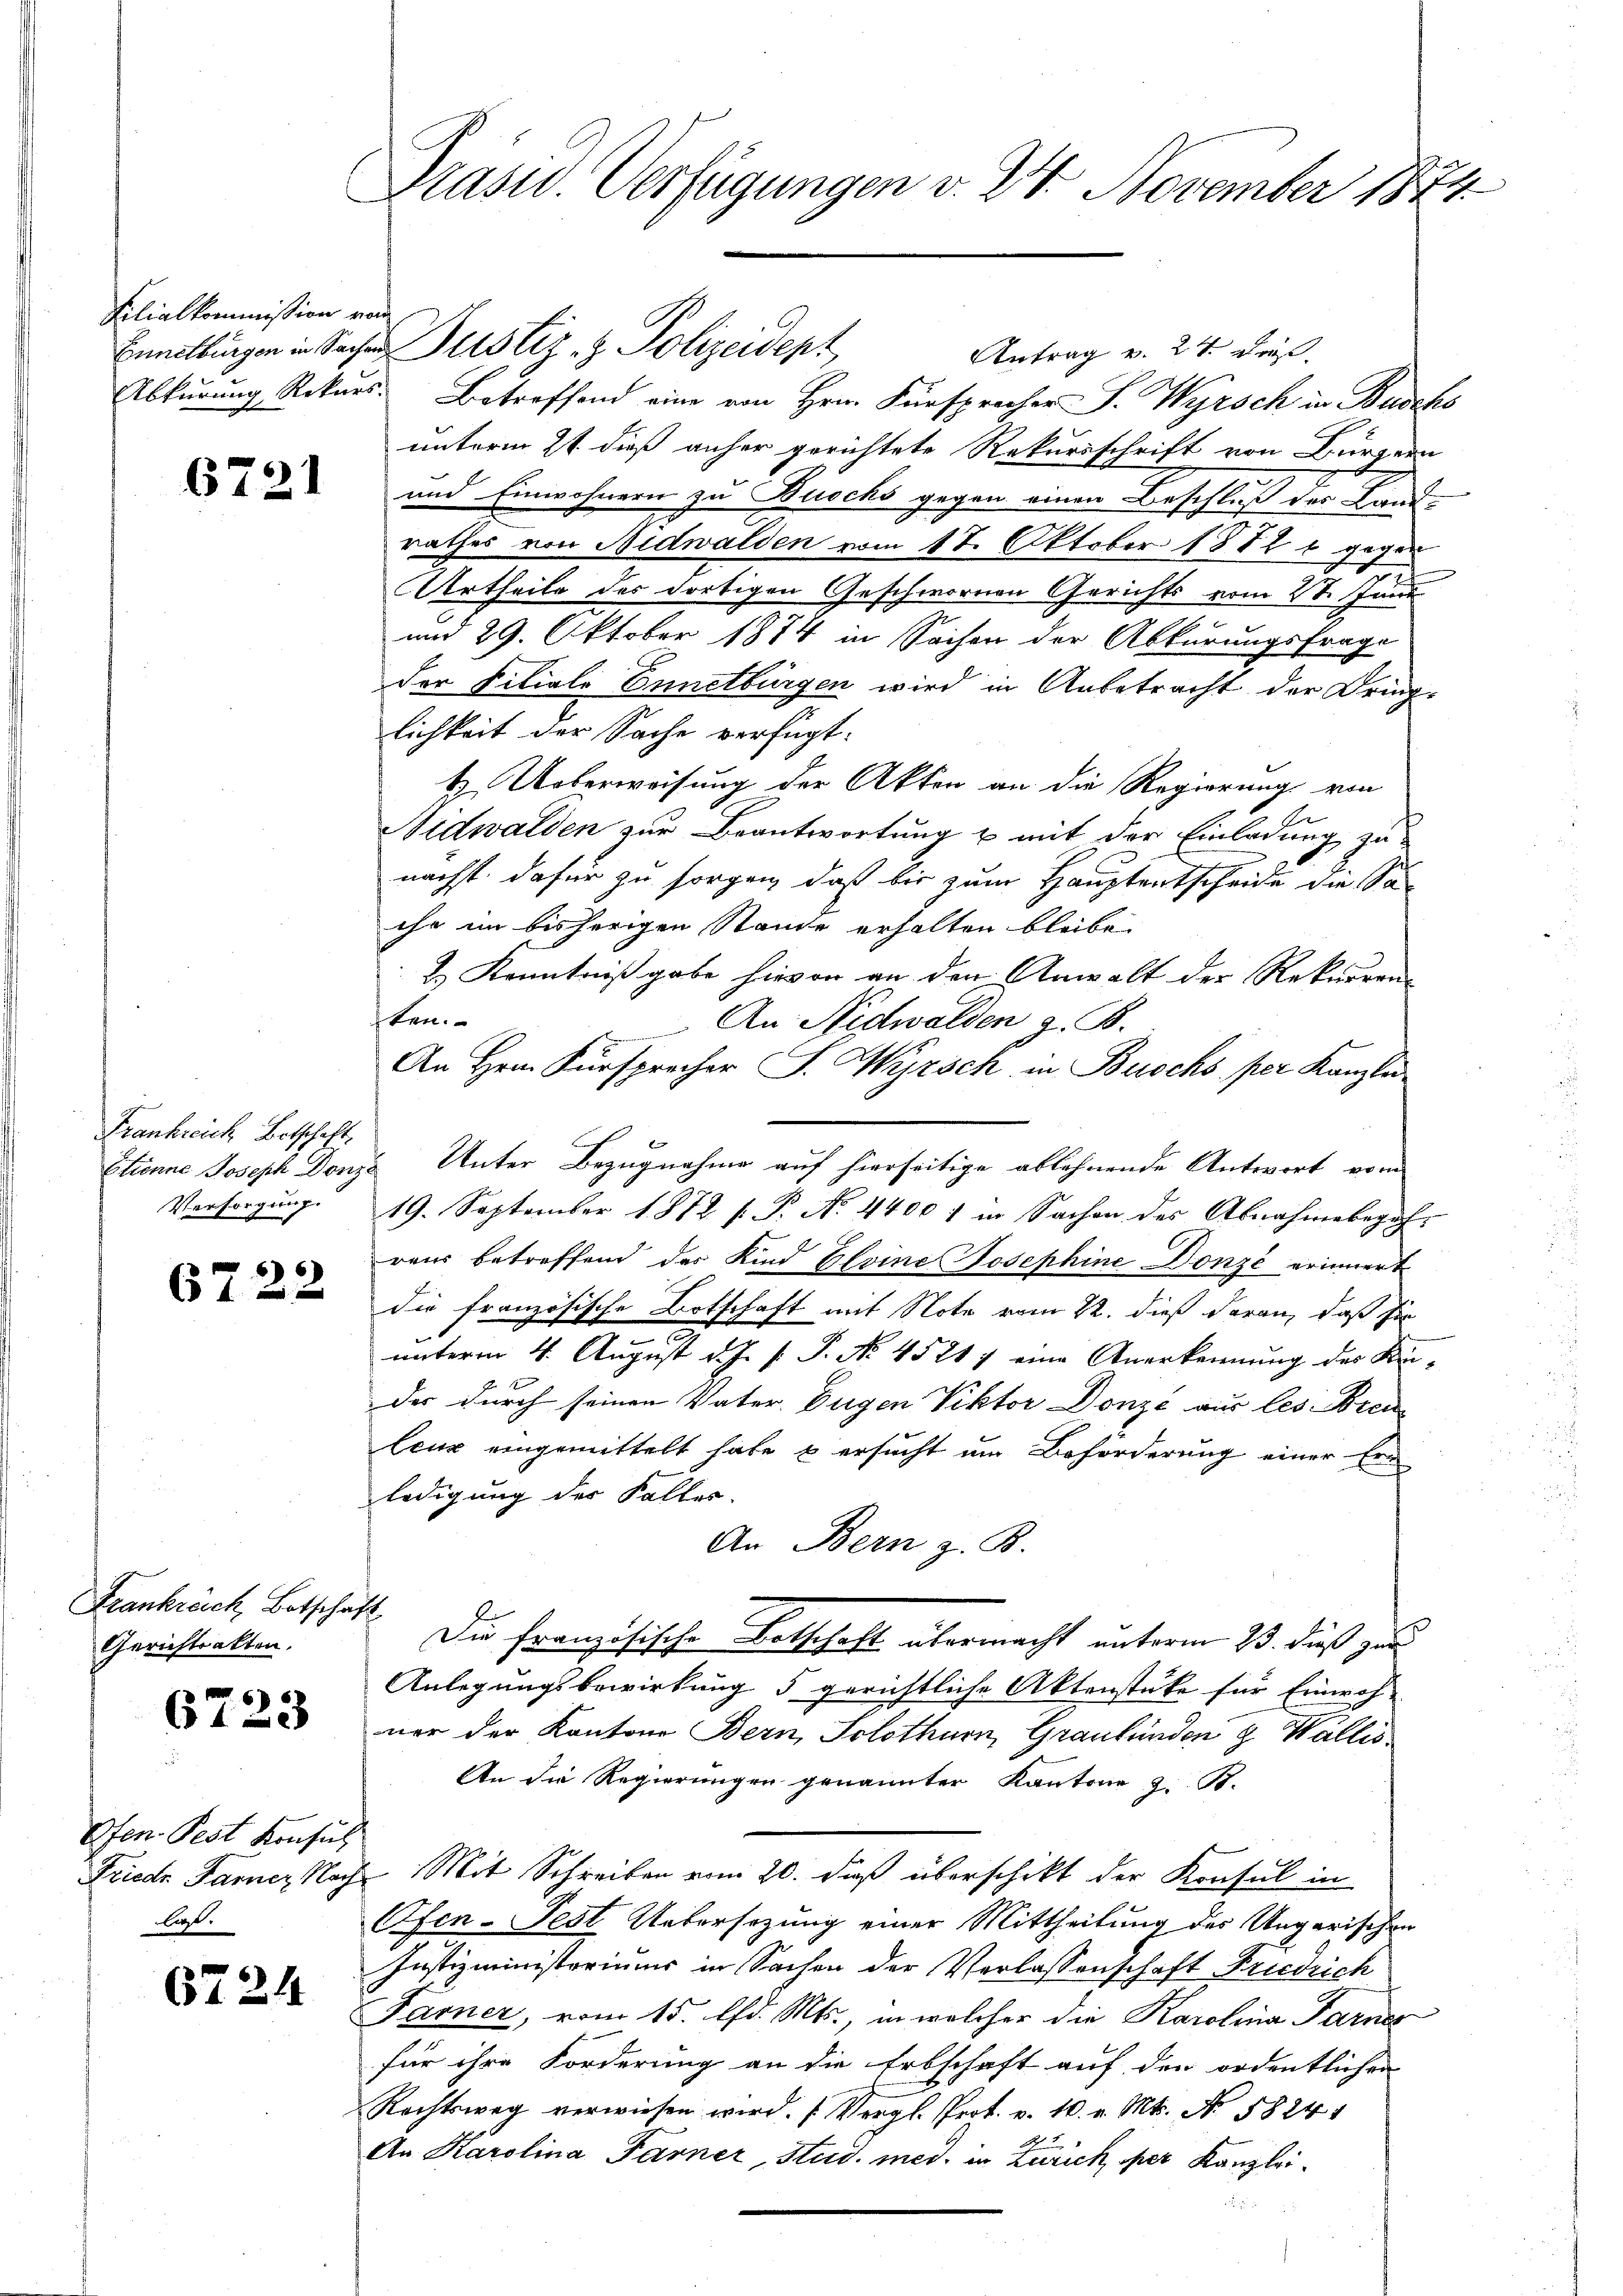
Filialkommission vom

6721

Frankreich Botschaft,
Versorgung.

6722

Frankreich Botschaft
Gerichtsakten.

6723

Ofen Pest Konsul
Friedr Farner Nach
liegt.

6724

Präsid. Verfügungen v. 24. November 1874

Ennellingen in Sachen Justiz- & Polizeidept
Antrag v. 24. dieß
Abkŭrŭng Rekurs. Betreffend eine von Hrn. Fürsprecher S. Wyrsch in Buschs
unterm 21. dieß anher gerichtete Rekursschrift von Bürgern
und Einwohnern zu Buschs gegen einen Beschluß der Lande
rathes von Nidwalden vom 18. Oktober 1882 l. gegen
Urtheile des dortigen Geschwornen Gerichts vom 21. Juni
und 29. Oktober 1874 in Sachen der Abkurungsfrage
der Filiale Ennetbürgen wird in Anbetracht der Dring-
lichkeit der Sache verfügt:
t. Ueberweisung der Akten an die Regierung von
Nidwalden zur Beantwortung u mit der Einladung zu
nächst dafür zu sorgen, daß bis zum Hauptentscheide die Saihr im bisherigen Stande erhalten bleibe.
&. Kenntnißgabe hievon an den Anwalt der Rekurren
ten.
An Nidwalden z. B.
An Hrn. Fürsprecher S. Wyrsch in Buschs per Kanzle
Etienne Joseph Donze Unter Bezugnahme auf hierseitige ablehnende Antwort vom
19. September 1872 f. P. No. 4400 f in Sachen des Abnahmebegehraus betreffend des Kind Gleine Josephine Donze erinnert
die französische Botschaft mit Note vom 22. dieß daran, daß sie
unterm 4. August d. J. P. P. No. 45217 eine Anerkennung des Kin-
der durch seinen Vater. Eugen Viktor Donzé aus les Bren
Ceux eingemittelt habe & ersucht um Beförderung einer Ern
ledigung der Faller.
An Bern z. B.
Du französische Botschaft übermacht unterm 23. dieß zur
Anlegungsbewirkung 5 gerichtliche Aktenstüke für Einwoh-
ner der Kantone Bern, Solothurn, Graubünden & Wallis
An die Regierungen genannter Kantone z. B.
 Mit Schreiben vom 20. daß überschikt der Konsul in
Ofen-Fest Uebersezung einer Mittheilung des Ungarischen
Justizministeriums in Sachen der Verlassenschaft Friedrich
Farner, vom 15. d. Mts. in welcher die Karolina Parnes
für ihre Forderung an die Erbschaft auf den ordentlichen
Rechtsweg verwiesen wird. (Vergl. Prot. v. 10. v. Mts. No. 58241
An Karolina Farner, Stud. med. in Zürich per Kanzlei¬